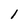
Character: 1